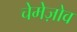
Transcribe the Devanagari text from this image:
चेमेज़ोव